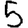
Digit: 5